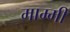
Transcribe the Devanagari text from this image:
माम्मी